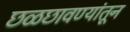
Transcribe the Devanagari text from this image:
छळछावण्यांतून